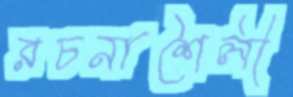
রচনাশৈলী